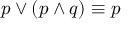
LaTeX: p \vee ( p \wedge q ) \equiv p